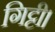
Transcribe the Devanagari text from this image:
गिट्टी।